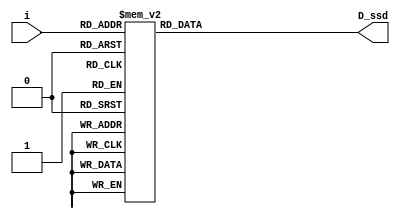
//define segment codes
`define SS_0 7'b0000001
`define SS_1 7'b1001111
`define SS_2 7'b0010010
`define SS_3 7'b0000110
`define SS_4 7'b1001100
`define SS_5 7'b0100100
`define SS_6 7'b0100000
`define SS_7 7'b0001111
`define SS_8 7'b0000000
`define SS_9 7'b0000100
`define SS_10 7'b0001000    //addition
`define SS_11 7'b1111110    //subtraction
`define SS_12 7'b1001000    //multiplication

module display(
    D_ssd,  //seven_segment output
    i       //input counter value
);
output [6:0] D_ssd;
input [3:0] i;
reg [6:0] D_ssd;

always @*
    case(i)
        4'd0:D_ssd = `SS_0;
        4'd1:D_ssd = `SS_1;
        4'd2:D_ssd = `SS_2;
        4'd3:D_ssd = `SS_3;
        4'd4:D_ssd = `SS_4;
        4'd5:D_ssd = `SS_5;
        4'd6:D_ssd = `SS_6;
        4'd7:D_ssd = `SS_7;
        4'd8:D_ssd = `SS_8;
        4'd9:D_ssd = `SS_9;
        4'd10:D_ssd = `SS_10;   //addition
        4'd11:D_ssd = `SS_11;   //subtraction
        4'd12:D_ssd = `SS_12;   //multiplication 
        default: D_ssd = 7'b1111111;
    endcase

endmodule